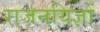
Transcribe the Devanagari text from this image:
राजनयिज्ञों